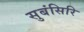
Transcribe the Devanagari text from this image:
सुबंसिरि